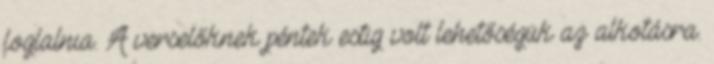
foglalnia. A verselőknek péntek estig volt lehetőségük az alkotásra.